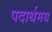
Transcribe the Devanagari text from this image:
पदार्थमय